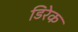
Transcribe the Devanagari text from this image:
डिरेक